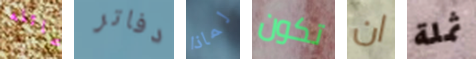
عائله دفاتر لماذا تكون ان ثملة